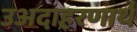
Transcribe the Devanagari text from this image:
उअदाहरणार्थ